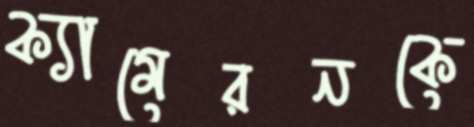
ক্যামেরনকে